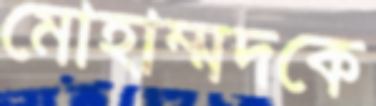
মোহাম্মদকে